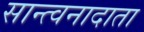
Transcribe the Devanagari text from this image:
सान्त्वनादाता